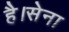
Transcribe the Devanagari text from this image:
है।सेना